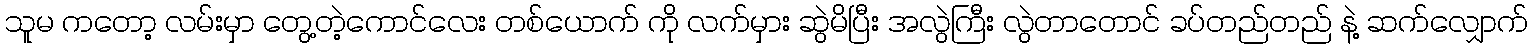
သူမ ကတော့ လမ်းမှာ တွေ့တဲ့ကောင်လေး တစ်ယောက် ကို လက်မှား ဆွဲမိပြီး အလွဲကြီး လွဲတာတောင် ခပ်တည်တည် နဲ့ ဆက်လျှောက်